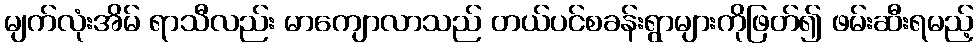
မျက်လုံးအိမ် ရာသီလည်း မာကျောလာသည် တယ်ပင်စခန်းရွာများကိုဖြတ်၍ ဖမ်းဆီးရမည့်